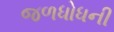
જળધોધની